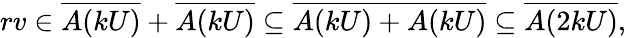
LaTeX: rv\in{\overline{{A(kU)}}}+{\overline{{A(kU)}}}\subseteq{\overline{{A(kU)+A(kU)}}}\subseteq{\overline{{A(2kU)}}},